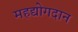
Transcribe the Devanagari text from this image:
महद्योगदान